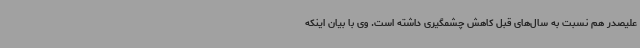
علیصدر هم نسبت به سال‌های قبل کاهش چشمگیری داشته است. وی با بیان اینکه